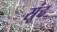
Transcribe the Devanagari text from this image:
सूंढ